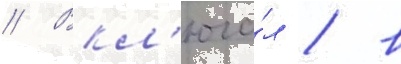
// Вкл'юча́л / в